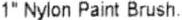
1" NYLON PAINT BRUSH.